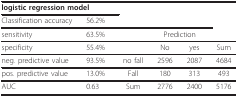
| <COLSPAN=2> logistic regression model |  |  |  |  |
 | Classification accuracy | 56.2% |  |  |  |  |
 | sensitivity | 63.5% |  | <COLSPAN=2> Prediction |  |
 | --- | --- | --- | --- | --- | --- |
 | specificity | 55.4% |  | No | yes | Sum |
 | neg. predictive value | 93.5% | no fall | 2596 | 2087 | 4684 |
 | pos. predictive value | 13.0% | Fall | 180 | 313 | 493 |
 | AUC | 0.63 | Sum | 2776 | 2400 | 5176 |